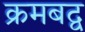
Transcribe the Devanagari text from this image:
क्रमबद्व